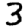
Digit: 3